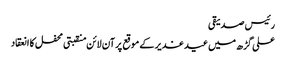
رئیس صدیقی
علی گڑھ میں عید غدیر کے موقع پرآن لائن منقبتی محفل کا انعقاد